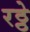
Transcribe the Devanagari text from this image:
रठ्ठे